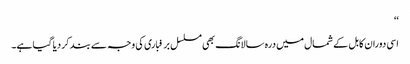
‘‘
اسی دوران کابل کے شمال میں درہ سالانگ بھی مسلسل برفباری کی وجہ سے بند کر دیا گیا ہے۔